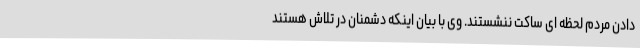
دادن مردم لحظه ای ساکت ننشستند. وی با بیان اینکه دشمنان در تلاش هستند